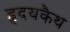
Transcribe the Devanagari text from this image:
हृदयकैथ